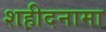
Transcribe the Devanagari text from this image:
शहीदनामा